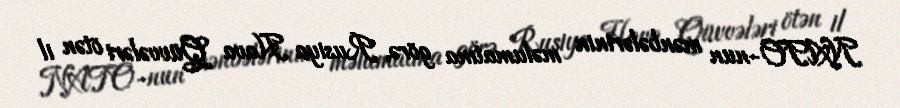
NATO-nun mənbələrinin məlumatına görə, Rusiya Hava Qüvvələri ötən il